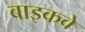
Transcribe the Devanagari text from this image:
बाइकवे